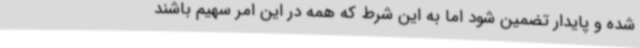
شده و پایدار تضمین شود اما به این شرط که همه در این امر سهیم باشند